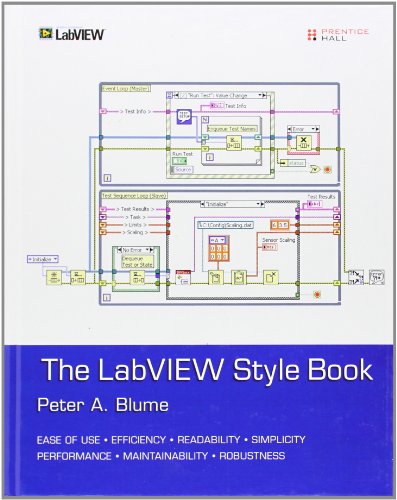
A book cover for The LabVIEW Style Book; Peter A. Blume; Computers & Technology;